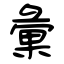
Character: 彙